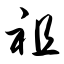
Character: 祖